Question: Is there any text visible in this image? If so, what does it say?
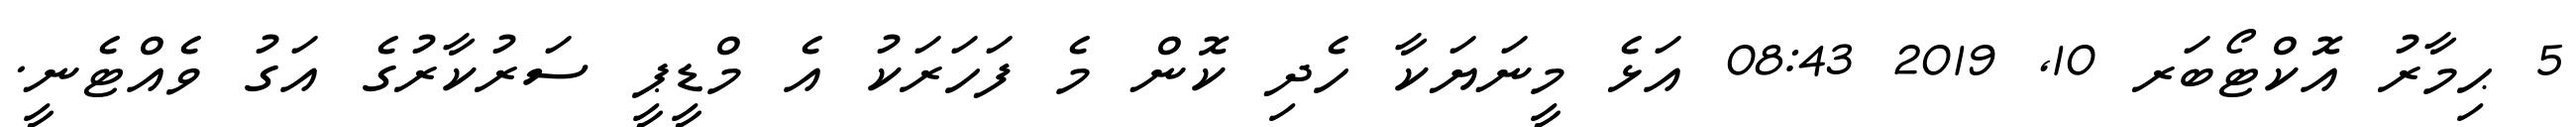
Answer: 5 ޙިމާރު އޮކްޓޯބަރ 10, 2019 08:43 އަޅެ މީނަޔަކާ ހެދި ކޮން މެ ފަހަރަކު އެ މްޑީޕީ ސަރުކާރުގެ އަގު ވެއްޓެނީ.